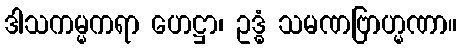
ဒါသကမ္မကရာ ဟေဋ္ဌာ၊ ဥဒ္ဓံ သမဏဗြာဟ္မဏာ။